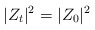
\begin{align*} |Z_t|^2 = |Z_0|^2\end{align*}